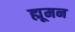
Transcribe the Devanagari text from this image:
ह्मूमन